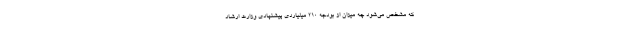
که مشخص می‌شود چه میزان از بودجه ۲۱۰ میلیاردی پیشنهادی وزارت ارشاد